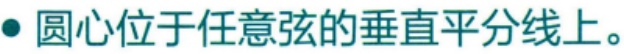
圆心位于任意弦的垂直平分线上。